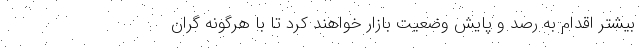
بیشتر اقدام به رصد و پایش وضعیت بازار خواهند کرد تا با هرگونه گران